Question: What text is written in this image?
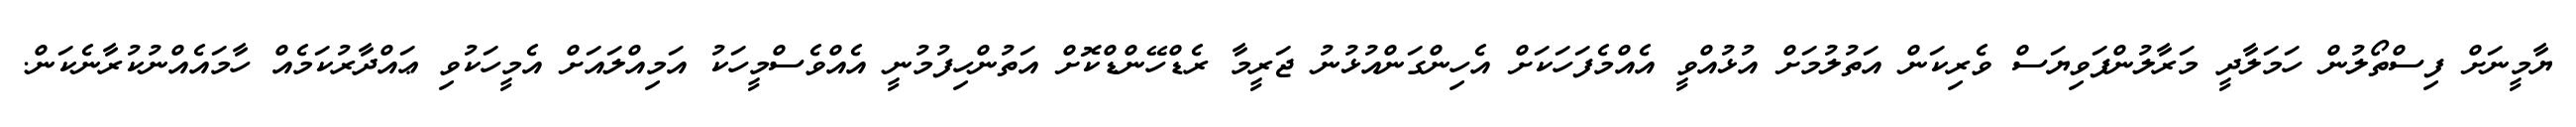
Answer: ޔާމީނަށް ފިސްތޯލުން ހަމަލާދީ މަރާލުންފަވިޔަސް ވެރިކަން އަތުލުމަށް އުޅުއްވީ އެއްމެފަހަކަށް އެހިންގަންއުޅުނު ޖަރީމާ ރެޑްހޭންޑްކޮށް އަތުންހިފުމުނީ އެއްވެސްމީހަކު އަމިއްލައަށް އެމީހަކުވި ޢައްދާރުކަމެއް ހާމައެއްނުކުރާނެކަން.